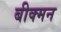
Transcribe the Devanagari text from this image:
बीक्मन